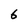
Character: 6